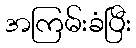
အကြမ်းခံပြီး